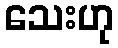
သေးဟု